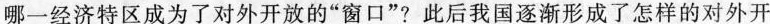
哪一经济特区成为了对外开放的”窗口”?此后我国逐渐形成了怎样的对外开